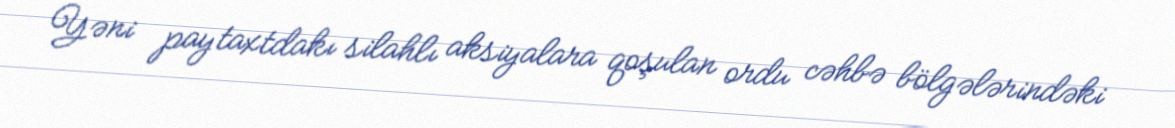
Yəni paytaxtdakı silahlı aksiyalara qoşulan ordu cəhbə bölgələrindəki